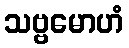
သဗ္ဗမောဟံ